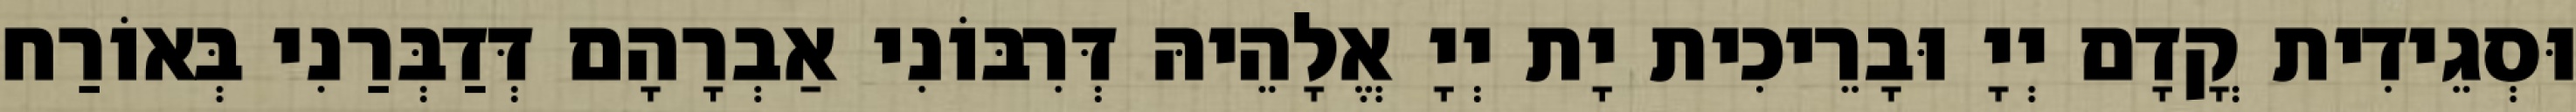
וּסְגֵידִית קֳדָם יְיָ וּבָרֵיכִית יָת יְיָ אֱלָהֵיהּ דְּרִבּוֹנִי אַבְרָהָם דְּדַבְּרַנִי בְּאוֹרַח